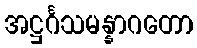
အဋ္ဌင်္ဂသမန္နာဂတော